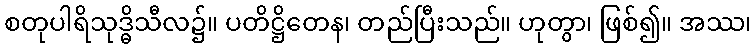
စတုပါရိသုဒ္ဓိသီလ၌။ ပတိဋ္ဌိတေန၊ တည်ပြီးသည်။ ဟုတွာ၊ ဖြစ်၍။ အဿ၊